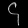
Digit: ၄